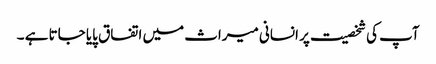
آپ کی شخصیت پر انسانی میراث میں اتفاق پایا جاتا ہے ۔